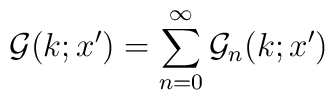
{\cal G}(k;x')=\sum_{n=0}^{\infty}{\cal G}_n(k;x')